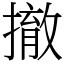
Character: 撤